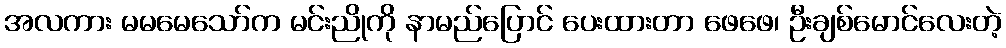
အလကား မမမေသော်က မင်းညိုကို နာမည်ပြောင် ပေးထားတာ ဖေဖေ၊ ဦးချစ်မောင်လေးတဲ့